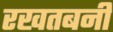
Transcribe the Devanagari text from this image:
रखतबनी